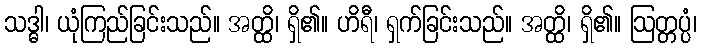
သဒ္ဓါ၊ ယုံကြည်ခြင်းသည်။ အတ္ထိ၊ ရှိ၏။ ဟိရီ၊ ရှက်ခြင်းသည်။ အတ္ထိ၊ ရှိ၏။ ဩတ္တပ္ပံ၊